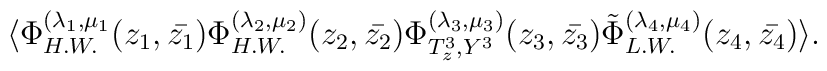
\langle \Phi_{H.W.}^{(\lambda_{1} , \mu_{1}}(z_{1} , \bar{z_{1}})\Phi_{H.W.}^{(\lambda_{2} , \mu_{2})}(z_{2} , \bar{z_{2}}) \Phi_{T_{z}^{3} ,Y^{3}}^{(\lambda_{3} , \mu_{3})}(z_{3} , \bar{z_{3}})\tilde\Phi_{L.W.}^{(\lambda_{4} , \mu_{4})}(z_{4} ,\bar{z_{4}})\rangle .